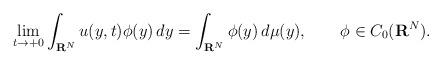
LaTeX: \begin{align*} \lim_{t\to +0}\int_{{\bf R}^N}u(y,t)\phi(y)\,dy=\int_{{\bf R}^N}\phi(y)\,d\mu(y), \qquad\phi\in C_0({\bf R}^N). \end{align*}